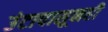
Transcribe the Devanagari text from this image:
उंटापासूनही